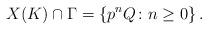
LaTeX: \begin{align*}X(K)\cap\Gamma=\left\{ p^nQ\colon n\ge 0\right\}.\end{align*}